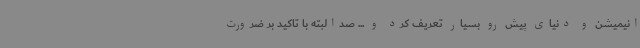
انیمیشن و دنیای پیش رو بسیار تعریف کرد و ... صدالبته با تاکید بر ضرورت